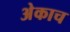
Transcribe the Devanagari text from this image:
अेकाच